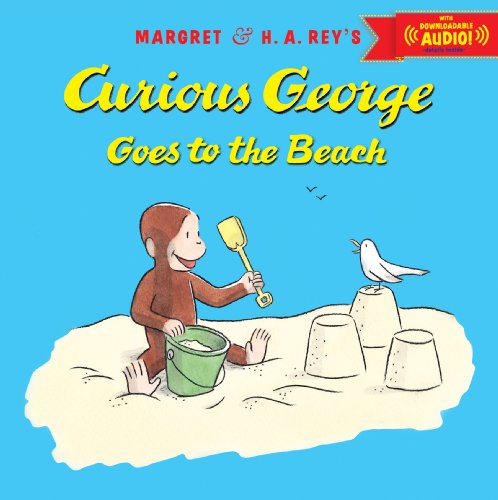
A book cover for Curious George Goes to the Beach with downloadable audio; H. A. Rey; Children's Books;